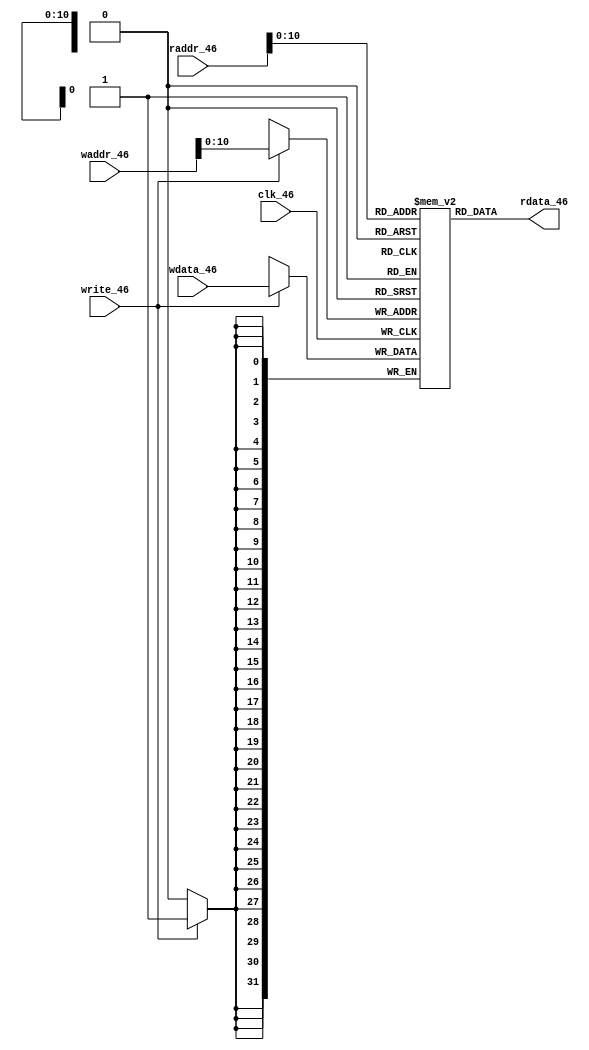
// Now making a Data memory where enrolment will be stored. It stores the data.
module data_mem_46(input clk_46,input [31:0] waddr_46,
input [31:0] wdata_46, input write_46,
input [31:0] raddr_46, output [31:0] rdata_46);
reg [31:0] mem_46[0:2000];
reg [31:0] rdata_46x;
wire [31:0] w0,w1,w2;
initial
begin
// Writing SJSU ID in the mem_46ory locations:
// SJSU ID: 015215746
// For 9 Digits 9 Location will be required
	mem_46[30] = 0;
    mem_46[34] = 1;
    mem_46[38] = 5;
    mem_46[42] = 2;
    mem_46[46] = 1;
    mem_46[50] = 5;
	mem_46[54] = 7;
	mem_46[58] = 4;
	mem_46[62] = 6;

// SJSU ID: 0 1 5 2 1 5 7 4 6
// Adding 2 to each digit: 2 3 7 4 3 7 9 6 8 
// For 9 Digits 9 Location will be required
	mem_46[60] = 2;
    mem_46[64] = 3;
    mem_46[68] = 7;
    mem_46[72] = 4;
    mem_46[76] = 3;
    mem_46[80] = 7;
	mem_46[84] = 9;
	mem_46[88] = 6;
	mem_46[92] = 8;
end

assign rdata_46 = rdata_46x;

always @(*) 
begin
	rdata_46x <= mem_46[raddr_46];
end

always @(posedge(clk_46))
begin
	if(write_46) begin
		mem_46[waddr_46]<=#2 wdata_46;
	end
// $monitor (" mem_46 ----->>>> %d at time %t",mem_46[7],$realtime);
end
endmodule